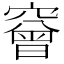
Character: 䆵